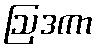
ဩဒကာ